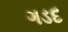
ગડદ